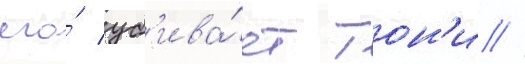
его́ уб'ива́ет тон'и //